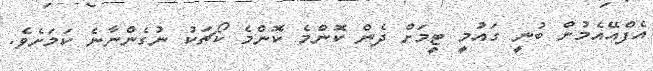
އެފްއޭއެމުން ބުނީ ގައުމީ ޓީމަށް ދެން ކޮންމެ ކޮންމެ ކޯޗަކު ނުގެންނާނެ ކަމަށެވެ.